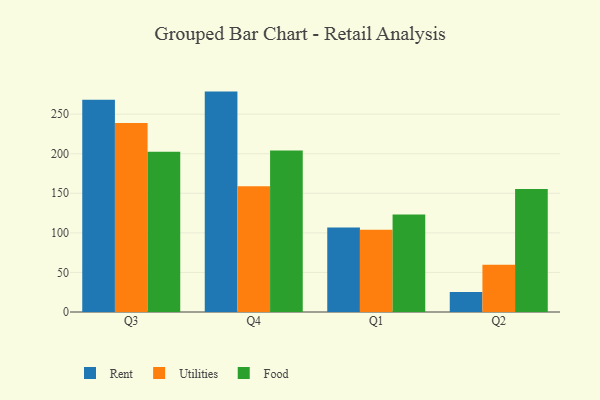
{"axis": {"x": "Quarter", "y": "Bounce Rate (%)"}, "legend": ["Food", "Rent", "Utilities"], "data": [{"x": "Q3", "y": 268.1, "type": "Rent"}, {"x": "Q3", "y": 238.7, "type": "Utilities"}, {"x": "Q3", "y": 202.5, "type": "Food"}, {"x": "Q4", "y": 278.5, "type": "Rent"}, {"x": "Q4", "y": 159.0, "type": "Utilities"}, {"x": "Q4", "y": 204.0, "type": "Food"}, {"x": "Q1", "y": 106.8, "type": "Rent"}, {"x": "Q1", "y": 104.0, "type": "Utilities"}, {"x": "Q1", "y": 123.3, "type": "Food"}, {"x": "Q2", "y": 25.4, "type": "Rent"}, {"x": "Q2", "y": 59.8, "type": "Utilities"}, {"x": "Q2", "y": 155.4, "type": "Food"}]}